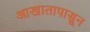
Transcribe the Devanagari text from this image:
आखातापासून